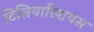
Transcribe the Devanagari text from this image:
टिलियास्शियस